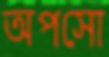
অপসো